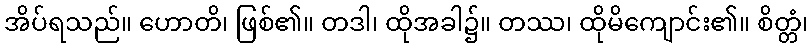
အိပ်ရသည်။ ဟောတိ၊ ဖြစ်၏။ တဒါ၊ ထိုအခါ၌။ တဿ၊ ထိုမိကျောင်း၏။ စိတ္တံ၊